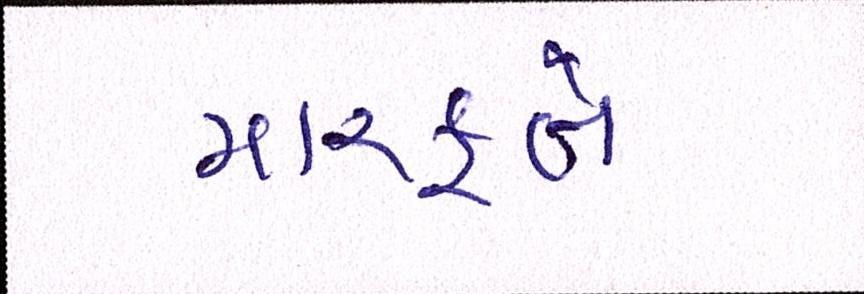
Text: મારફતે